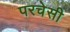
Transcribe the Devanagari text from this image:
परचेसी